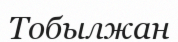
Тобылжан